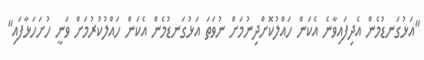
"އަޅުގަނޑުމެން އެދިފައިވާނެ އެކަން ހައްލުކޮށްދިނުމަށް ނުވަތަ އަޅުގަނޑުމެން އެކަން ހައްލުކުރުމަށް ވަނީ ހުށަހަޅާފައި"